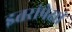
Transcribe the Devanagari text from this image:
इतरांपेक्षां